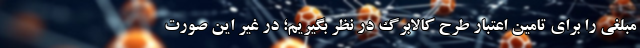
مبلغی را برای تامین اعتبار طرح کالابرگ در نظر بگیریم؛ در غیر این صورت